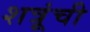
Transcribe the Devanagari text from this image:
शत्रूंची